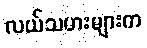
လယ်သမားများက